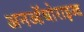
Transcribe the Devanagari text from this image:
अनऑथोराइज्ड